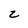
Character: z